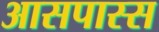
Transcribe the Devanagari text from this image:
आसपास्स